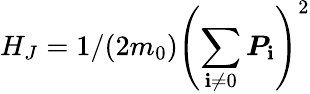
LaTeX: H_{J}=1/(2m_{0})\left(\sum_{\mathbf{i}\ne0}\boldsymbol{P}_{\mathbf{i}}\right)^{2}